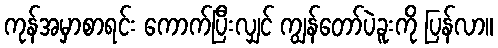
ကုန်အမှာစာရင်း ကောက်ပြီးလျှင် ကျွန်တော်ပဲခူးကို ပြန်လာ။